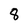
Character: 8